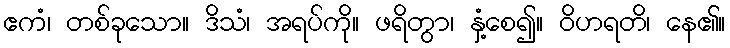
ဧကံ၊ တစ်ခုသော။ ဒိသံ၊ အရပ်ကို။ ဖရိတွာ၊ နှံ့စေ၍။ ဝိဟရတိ၊ နေ၏။